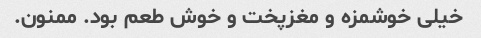
خیلی خوشمزه و مغزپخت و خوش طعم بود. ممنون.